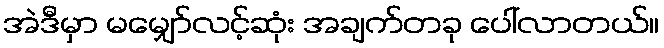
အဲဒီမှာ မမျှော်လင့်ဆုံး အချက်တခု ပေါ်လာတယ်။